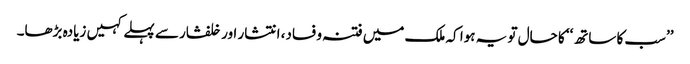
’’سب کا ساتھ‘‘ کا حال تو یہ ہوا کہ ملک میں فتنہ و فساد، انتشار اور خلفشار سے پہلے کہیں زیادہ بڑھا۔